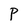
Character: P